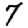
Digit: 7